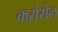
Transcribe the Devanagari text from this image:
करोसेल